Indian journal of veterinary science and animal husbandry - Volume 4,
Year: 1934
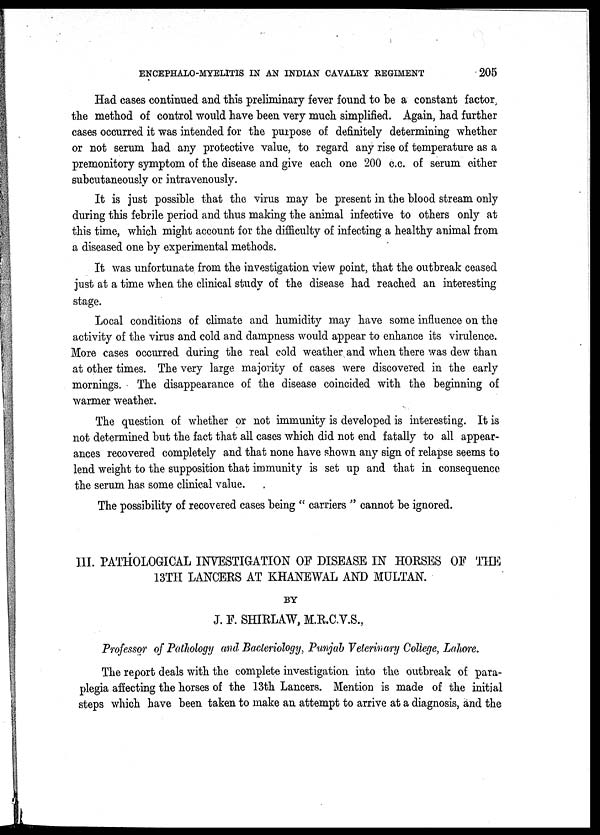
ENCEPHALO-MYELITIS IN AN INDIAN CAVALRY REGIMENT
205
Had cases continued and this preliminary fever found to be a constant factor,
the method of control would have been very much simplified. Again, had further
cases occurred it was intended for the purpose of definitely determining whether
or not serum had any protective value, to regard any rise of temperature as a
premonitory symptom of the disease and give each one 200 c.c. of serum either
subcutaneously or intravenously.
It is just possible that the virus may be present in the blood stream only
during this febrile period and thus making the animal infective to others only at
this time, which might account for the difficulty of infecting a healthy animal from
a diseased one by experimental methods.
It was unfortunate from the investigation view point, that the outbreak ceased
just at a time when the clinical study of the disease had reached an interesting
stage.
Local conditions of climate and humidity may have some influence on the
activity of the virus and cold and dampness would appear to enhance its virulence.
More cases occurred during the real cold weather and when there was dew than
at other times. The very large majority of cases were discovered in the early
mornings. The disappearance of the disease coincided with the beginning of
warmer weather.
The question of whether or not immunity is developed is interesting. It is
not determined but the fact that all cases which did not end fatally to all appear-
ances recovered completely and that none have shown any sign of relapse seems to
lend weight to the supposition that immunity is set up and that in consequence
the serum has some clinical value.
The possibility of recovered cases being " carriers " cannot be ignored.
III. PATHOLOGICAL INVESTIGATION OF DISEASE IN HORSES OF THE
13TH LANCERS AT KHANEWAL AND MULTAN.
BY
J. F. SHIRLAW, M.R.C.V.S.,
Professor of Pathology and Bacteriology, Punjab Veterinary College, Lahore.
The report deals with the complete investigation into the outbreak of para-
plegia affecting the horses of the 13th Lancers. Mention is made of the initial
steps which have been taken to make an attempt to arrive at a diagnosis, and the